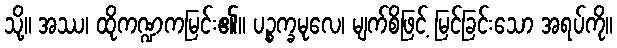
သို့။ အဿ၊ ထိုကဏ္ဍကမြင်း၏။ ပဉ္စက္ခမုလေ၊ မျက်စိဖြင့် မြင်ခြင်းသော အရပ်ကို။